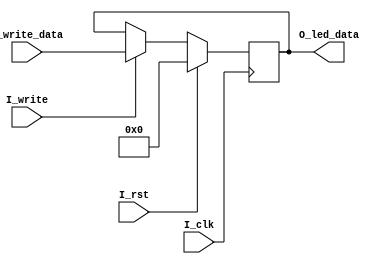
`timescale 1ns / 1ps

module led(
    input I_clk,
    input I_rst,
    input I_write,
    input [23:0] I_write_data,
    output [23:0] O_led_data
);
    reg [23:0] led_data;
    assign O_led_data = led_data;
    
    always @(posedge I_clk) begin
        if (I_rst == 1'b1) led_data <= 24'b0;
        else if (I_write == 1'b1)
            led_data <= I_write_data;
        else led_data <= led_data;
    end
endmodule